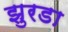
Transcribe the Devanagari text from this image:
झुरडा